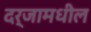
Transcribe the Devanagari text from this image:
दर्जामधील